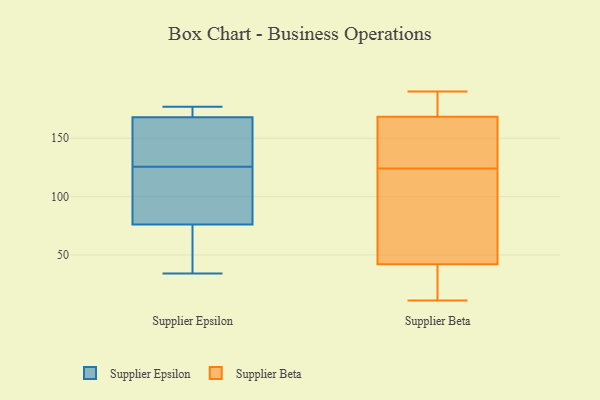
{"axis": {"x": "Market Share (%)", "y": "Value"}, "legend": ["Supplier Beta", "Supplier Epsilon"], "data": [{"x": "", "y": 145, "type": "Supplier Epsilon"}, {"x": "", "y": 154, "type": "Supplier Epsilon"}, {"x": "", "y": 170, "type": "Supplier Epsilon"}, {"x": "", "y": 106, "type": "Supplier Epsilon"}, {"x": "", "y": 50, "type": "Supplier Epsilon"}, {"x": "", "y": 100, "type": "Supplier Epsilon"}, {"x": "", "y": 105, "type": "Supplier Epsilon"}, {"x": "", "y": 44, "type": "Supplier Epsilon"}, {"x": "", "y": 34, "type": "Supplier Epsilon"}, {"x": "", "y": 170, "type": "Supplier Epsilon"}, {"x": "", "y": 76, "type": "Supplier Epsilon"}, {"x": "", "y": 177, "type": "Supplier Epsilon"}, {"x": "", "y": 145, "type": "Supplier Epsilon"}, {"x": "", "y": 168, "type": "Supplier Epsilon"}, {"x": "", "y": 129, "type": "Supplier Beta"}, {"x": "", "y": 131, "type": "Supplier Beta"}, {"x": "", "y": 11, "type": "Supplier Beta"}, {"x": "", "y": 157, "type": "Supplier Beta"}, {"x": "", "y": 180, "type": "Supplier Beta"}, {"x": "", "y": 119, "type": "Supplier Beta"}, {"x": "", "y": 72, "type": "Supplier Beta"}, {"x": "", "y": 13, "type": "Supplier Beta"}, {"x": "", "y": 54, "type": "Supplier Beta"}, {"x": "", "y": 30, "type": "Supplier Beta"}, {"x": "", "y": 190, "type": "Supplier Beta"}, {"x": "", "y": 190, "type": "Supplier Beta"}]}